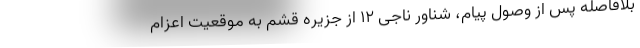
بلافاصله پس از وصول پیام، شناور ناجی ۱۲ از جزیره قشم به موقعیت اعزام